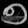
Digit: ၅